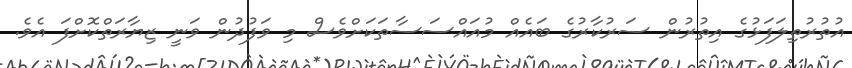
އުތުރުތިލަފަޅުގެ އިތުރުން ސަރުކާރުގެ ބައެއް މުއައްސަސާތަކަށްވެސް މި ވަފުދުން ވަނީ ޒިޔާރަތްކޮށްފަ އެވެ.